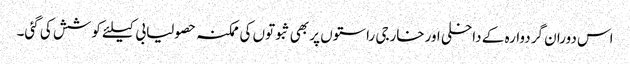
اس دوران گردوارہ کے داخلی اورخارجی راستوں پر بھی ثبوتوں کی ممکنہ حصولیابی کیلئے کوشش کی گئی۔